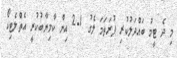
މި ދެ ޓީމު ބައްދަލުކުރި ފުރަތަމަ ލެގު 1-2 އިން ކާމިޔާބުކުރީ އެތްލެޓިކޯ